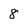
Character: 8